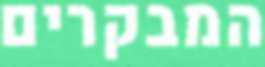
המבקרים